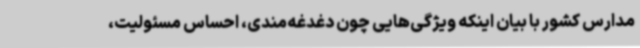
مدارس کشور با بیان اینکه ویژگی‌هایی چون دغدغه‌مندی، احساس مسئولیت،